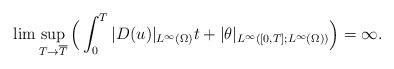
LaTeX: \begin{align*}\lim \sup_{ T \rightarrow \overline{T}} \Big (\int_0^T |D( u)|_{L^\infty(\Omega)}t+|\theta|_{L^\infty([0,T];L^\infty(\Omega))}\Big)=\infty.\end{align*}